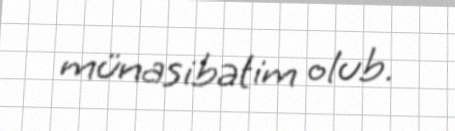
münasibətim olub.